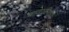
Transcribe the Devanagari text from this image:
बादलीशी